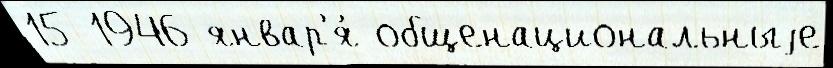
15 1946 январ'я́ общенациональныjе